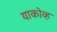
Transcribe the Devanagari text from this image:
याकोव्ह